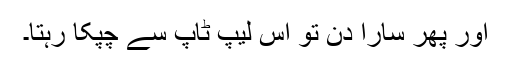
اور پھر سارا دن تو اس لیپ ٹاپ سے چپکا رہتا۔